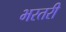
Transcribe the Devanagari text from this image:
भरतरी